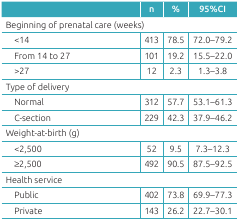
|  | n | % | 95%CI |
 | --- | --- | --- | --- |
 | <COLSPAN=4> Beginning of prenatal care (weeks) |
 | <14 | 413 | 78.5 | 72.0-79.2 |
 | From 14 to 27 | 101 | 19.2 | 15.5-22.0 |
 | >27 | 12 | 2.3 | 1.3-3.8 |
 | <COLSPAN=4> Type of delivery |
 | Normal | 312 | 57.7 | 53.1-61.3 |
 | C-section | 229 | 42.3 | 37.9-46.2 |
 | <COLSPAN=4> Weight-at-birth (g) |
 | <2,500 | 52 | 9.5 | 7.3-12.3 |
 | ≥2,500 | 492 | 90.5 | 87.5-92.5 |
 | <COLSPAN=4> Health service |
 | Public | 402 | 73.8 | 69.9-77.3 |
 | Private | 143 | 26.2 | 22.7-30.1 |